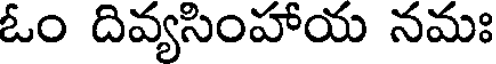
ఓం దివ్యసింహాయ నమః